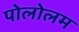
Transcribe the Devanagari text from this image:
पोलोलम